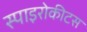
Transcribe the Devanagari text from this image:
स्पाइरोकीटस